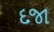
દજા